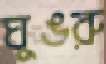
ঘুঙরু